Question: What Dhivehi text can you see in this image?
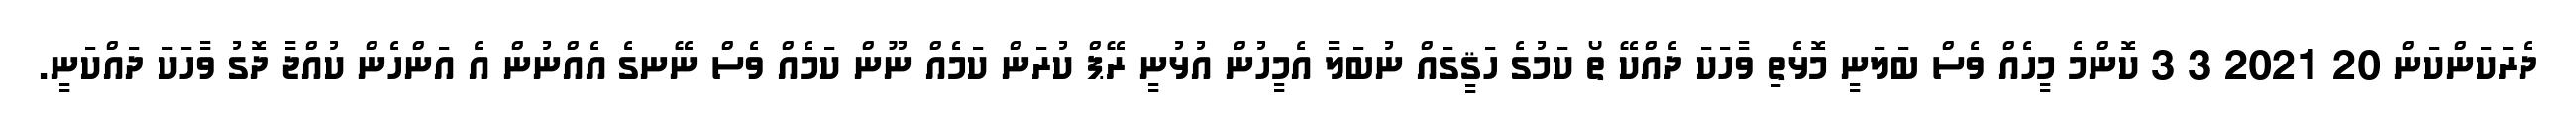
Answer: ދެރަކަންކަން 20 2021 3 3 ކޮންމެ މީހެއް ވެސް ބަލަނީ މޮޅެތި ވާހަކަ ދެއްކޭ ތޯ ކަމުގެ ހަޤީގައް ނުބަލާ އެމީހުން އުޅުނީ ރޭޕް ކުރަން ކަމެއް ނޫން ކަމެއް ވެސް ނޭނގެ އެއްނުން އެ އަންހެން ކުއްޖާ ދޮގު ވާހަކަ ދައްކަނީ.